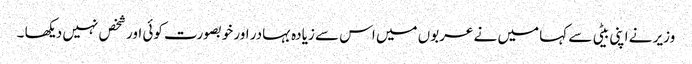
وزیر نے اپنی بیٹی سے کہا میں نے عربوں میں اس سے زیادہ بہادر اور خوبصورت کوئی اور شخص نہیں دیکھا ۔